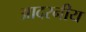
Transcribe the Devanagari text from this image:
आदरनीय